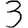
Digit: 3